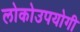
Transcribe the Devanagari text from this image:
लोकोउपयोगी